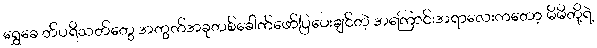
ရွှေခေ တ်ပရိသတ်တွေ အတွက်အခုတစ်ခေါက်ဖော်ပြပေးချင်တဲ့ အကြောင်းအရာလေးကတော့ မိမိတို့ရဲ့